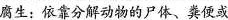
腐生：依靠分解动物的尸体、粪便或